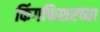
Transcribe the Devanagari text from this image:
किंगफिशरच्या